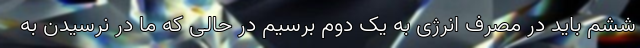
ششم باید در مصرف انرژی به یک دوم برسیم در حالی که ما در نرسیدن به